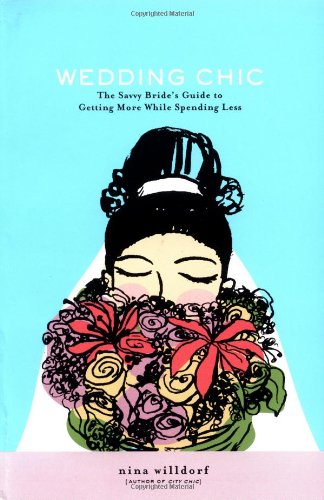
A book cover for Wedding Chic: The Savvy Bride's Guide to Getting More While Spending Less; Nina Willdorf; Crafts, Hobbies & Home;